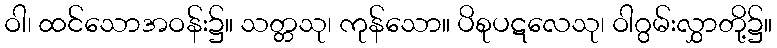
ဝါ၊ ထင်သောအဝန်း၌။ သတ္တသု၊ ကုန်သော။ ပိစုပဋလေသု၊ ဝါဂွမ်းလွှာတို့၌။